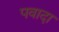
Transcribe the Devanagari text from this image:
पवादा